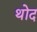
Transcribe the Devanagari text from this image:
थोद